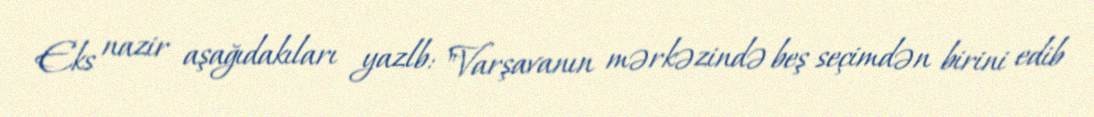
Eks nazir aşağıdakıları yazlb: "Varşavanın mərkəzində beş seçimdən birini edib